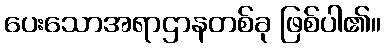
ပေးသောအရာဌာနတစ်ခု ဖြစ်ပါ၏။